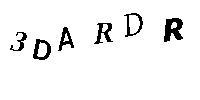
3DARDR